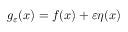
g _ { \varepsilon } ( x ) = f ( x ) + \varepsilon \eta ( x )